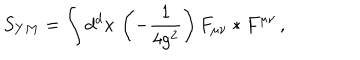
S _ { Y M } = \int d ^ { d } x \, \left( - \frac { 1 } { 4 g ^ { 2 } } \right) F _ { \mu \nu } * F ^ { \mu \nu } \, ,